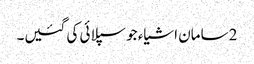
2 سامان اشیاء جو سپلائی کی گئیں۔